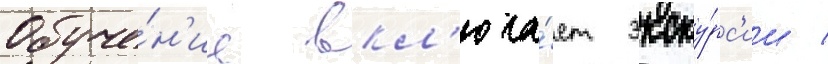
Обуче́н'ие вкл'юча́ет экску́рс'ии /